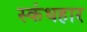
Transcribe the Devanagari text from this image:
स्कंधहार